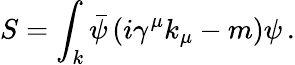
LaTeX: S=\int_{k}{\bar{\psi}}\left(i\gamma^{\mu}k_{\mu}-m\right)\psi\, .